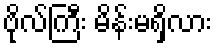
ဗိုလ်ကြီး မိန်းမရှိလား